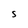
Character: S